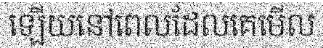
ឡើយនៅពេលដែលគេមើល